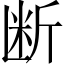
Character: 断